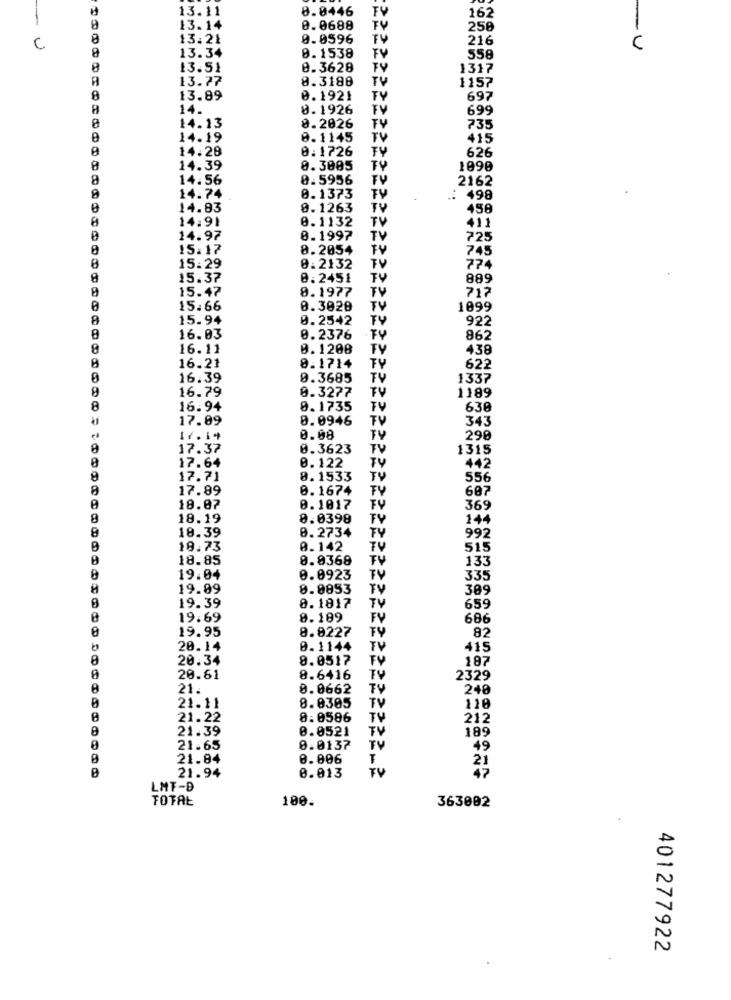
13.11
8.8446
FV
162
13.14
0.0688
250
8
13.21
0.0596
216
-- U
8
13.34
-U
0.1538
558
8
13.51
0.3628
1317
A
13.77
8.3188
TU
1157
8
13.89
0.1921
TY
697
H
14.
0.1926
TV
699
14.13
0.2026
TV
735
14.19
0.1145
TV
415
14.28
0:1726
FY
626
14.39
0.3005
1090
8
14.56
8.5956
2162
14.74
0.1373
TV
: 498
0
14.83
0. 1263
TV
456
14:91
0.1132
TV
411
14.97
0.1997
TV
725
15.17
8.2054
FY
745
8
TV
15:29
8.2132
774
8
15.37
0:2451
TV
889
8
15.47
8.1977
717
TV
15.66
0.3020
TV
1099
8
15.94
0.2542
922
16.03
0.2376
FY
862
16.11
0.1208
TV
438
16.21
8.1714
622
0
16.39
9.3685
TV
1337
16.79
9.3277
TV
1189
8
16.94
8.1735
TV
638
17.89
0.0946
TV
343
0.08
TY
290
17.37
0.3623
TV
1315
17.64
0.122
TY
442
9
17.71
8.1533
TV
556
17.89
0.1674
FY
687
18.07
0.1017
TV
369
18.19
8.0398
TY
144
18.39
8.2734
FY
992
10.73
0.142
515
18.85
8.8368
133
19.04
0.0923
TV
335
19.09
8.9853
TV
309
8.1817
19.39
TV
659
19.69
8.189
686
8
19.95
8.8227
82
20.14
0.1144
TV
415
20.34
8.0517
TV
187
20.61
8.6416
2329
21.
0.0662
TV
248
21.11
8.0305
TV
110
21.22
8:0586
TV
212
21.39
0.0521
189
TV
21.65
0.0137
TV
49
21.84
0.006
TU
21.94
0.013
LMF-D
TOTAL
100.
363092
401277922